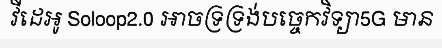
វីដេអូ Soloop2.0 អាចទ្រទ្រង់បច្ចេកវិទ្យា5G មាន